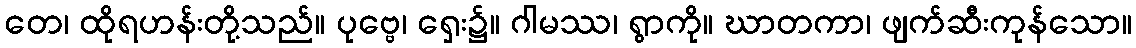
တေ၊ ထိုရဟန်းတို့သည်။ ပုဗ္ဗေ၊ ရှေး၌။ ဂါမဿ၊ ရွာကို။ ဃာတကာ၊ ဖျက်ဆီးကုန်သော။